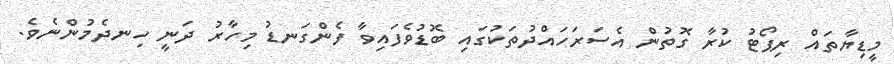
މީޑިޔާތައް ރިޕޯޓު ކުރާ ގޮތުން އެސަރަހައްދުތަކުގައި ބޮޑުވެފައިވާ ފެންގަނޑު މިހާރު ދަނީ ހިނދެމުންނެވެ.